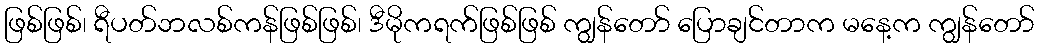
ဖြစ်ဖြစ်၊ ရီပတ်ဘလစ်ကန်ဖြစ်ဖြစ်၊ ဒီမိုကရက်ဖြစ်ဖြစ် ကျွန်တော် ပြောချင်တာက မနေ့က ကျွန်တော်